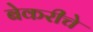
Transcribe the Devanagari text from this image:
बेकरीचे